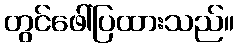
တွင်ဖေါ်ပြထားသည်။